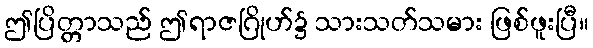
ဤပြိတ္တာသည် ဤရာဇဂြိုဟ်၌ သားသတ်သမား ဖြစ်ဖူးပြီ။